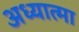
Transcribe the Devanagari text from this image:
अध्यात्मा